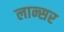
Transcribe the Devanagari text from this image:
लान्सर